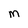
Character: M